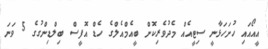
އީއޯއައި ހުށަހަޅާނީ ސިޓީއެއް މެދުވެރިކޮށް ބީއެމްއެލްގެ ހެޑް އޮފީސް ބިލްޑިންގުގެ 5 ވަނަ